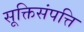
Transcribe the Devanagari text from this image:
सूक्तिसंपत्ति